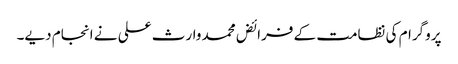
پروگرام کی نظامت کے فرائض محمد وارث علی نے انجام دیے۔